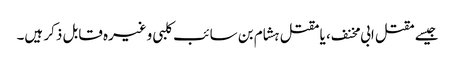
جیسے مقتل ابی مخنف ، یا مقتل ہشام بن سائب کلبی وغیرہ قابل ذکر ہیں۔